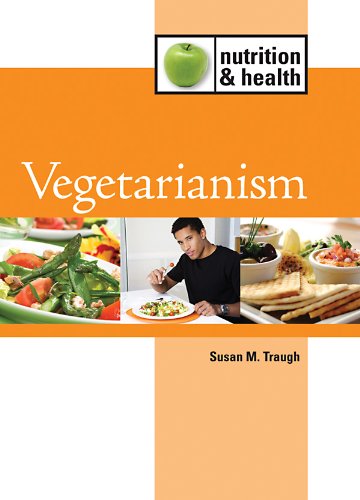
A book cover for Vegetarianism (Nutrition and Health); Susan M. Traugh; Teen & Young Adult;